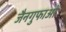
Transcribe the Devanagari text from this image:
जैनगुफाओं